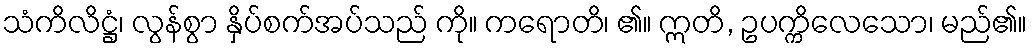
သံကိလိဋ္ဌံ၊ လွန်စွာ နှိပ်စက်အပ်သည် ကို။ ကရောတိ၊ ၏။ ဣတိ, ဥပက္ကိလေသော၊ မည်၏။